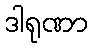
ဒါရုဏာ